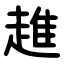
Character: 趡